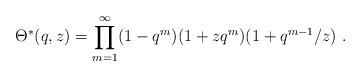
LaTeX: \begin{align*}\Theta ^*(q,z)=\prod _{m=1}^{\infty}(1-q^m)(1+zq^m)(1+q^{m-1}/z)~.\end{align*}